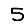
Digit: 5